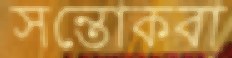
সন্তোকবা